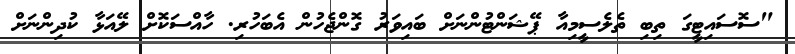
"ސޮސައިޓީގަ ތިބި ތެލެސީމިއާ ޕޭޝަންޓުންނަށް ބައިވަރު ގޮންޖެހުން އެބަހުރި. ހާއްސަކޮށް ލޭއަޅާ ކުދިންނަށް